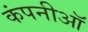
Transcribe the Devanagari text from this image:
कंपनीऑ